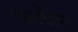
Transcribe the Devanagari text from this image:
क्लाँग